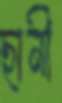
ছানী